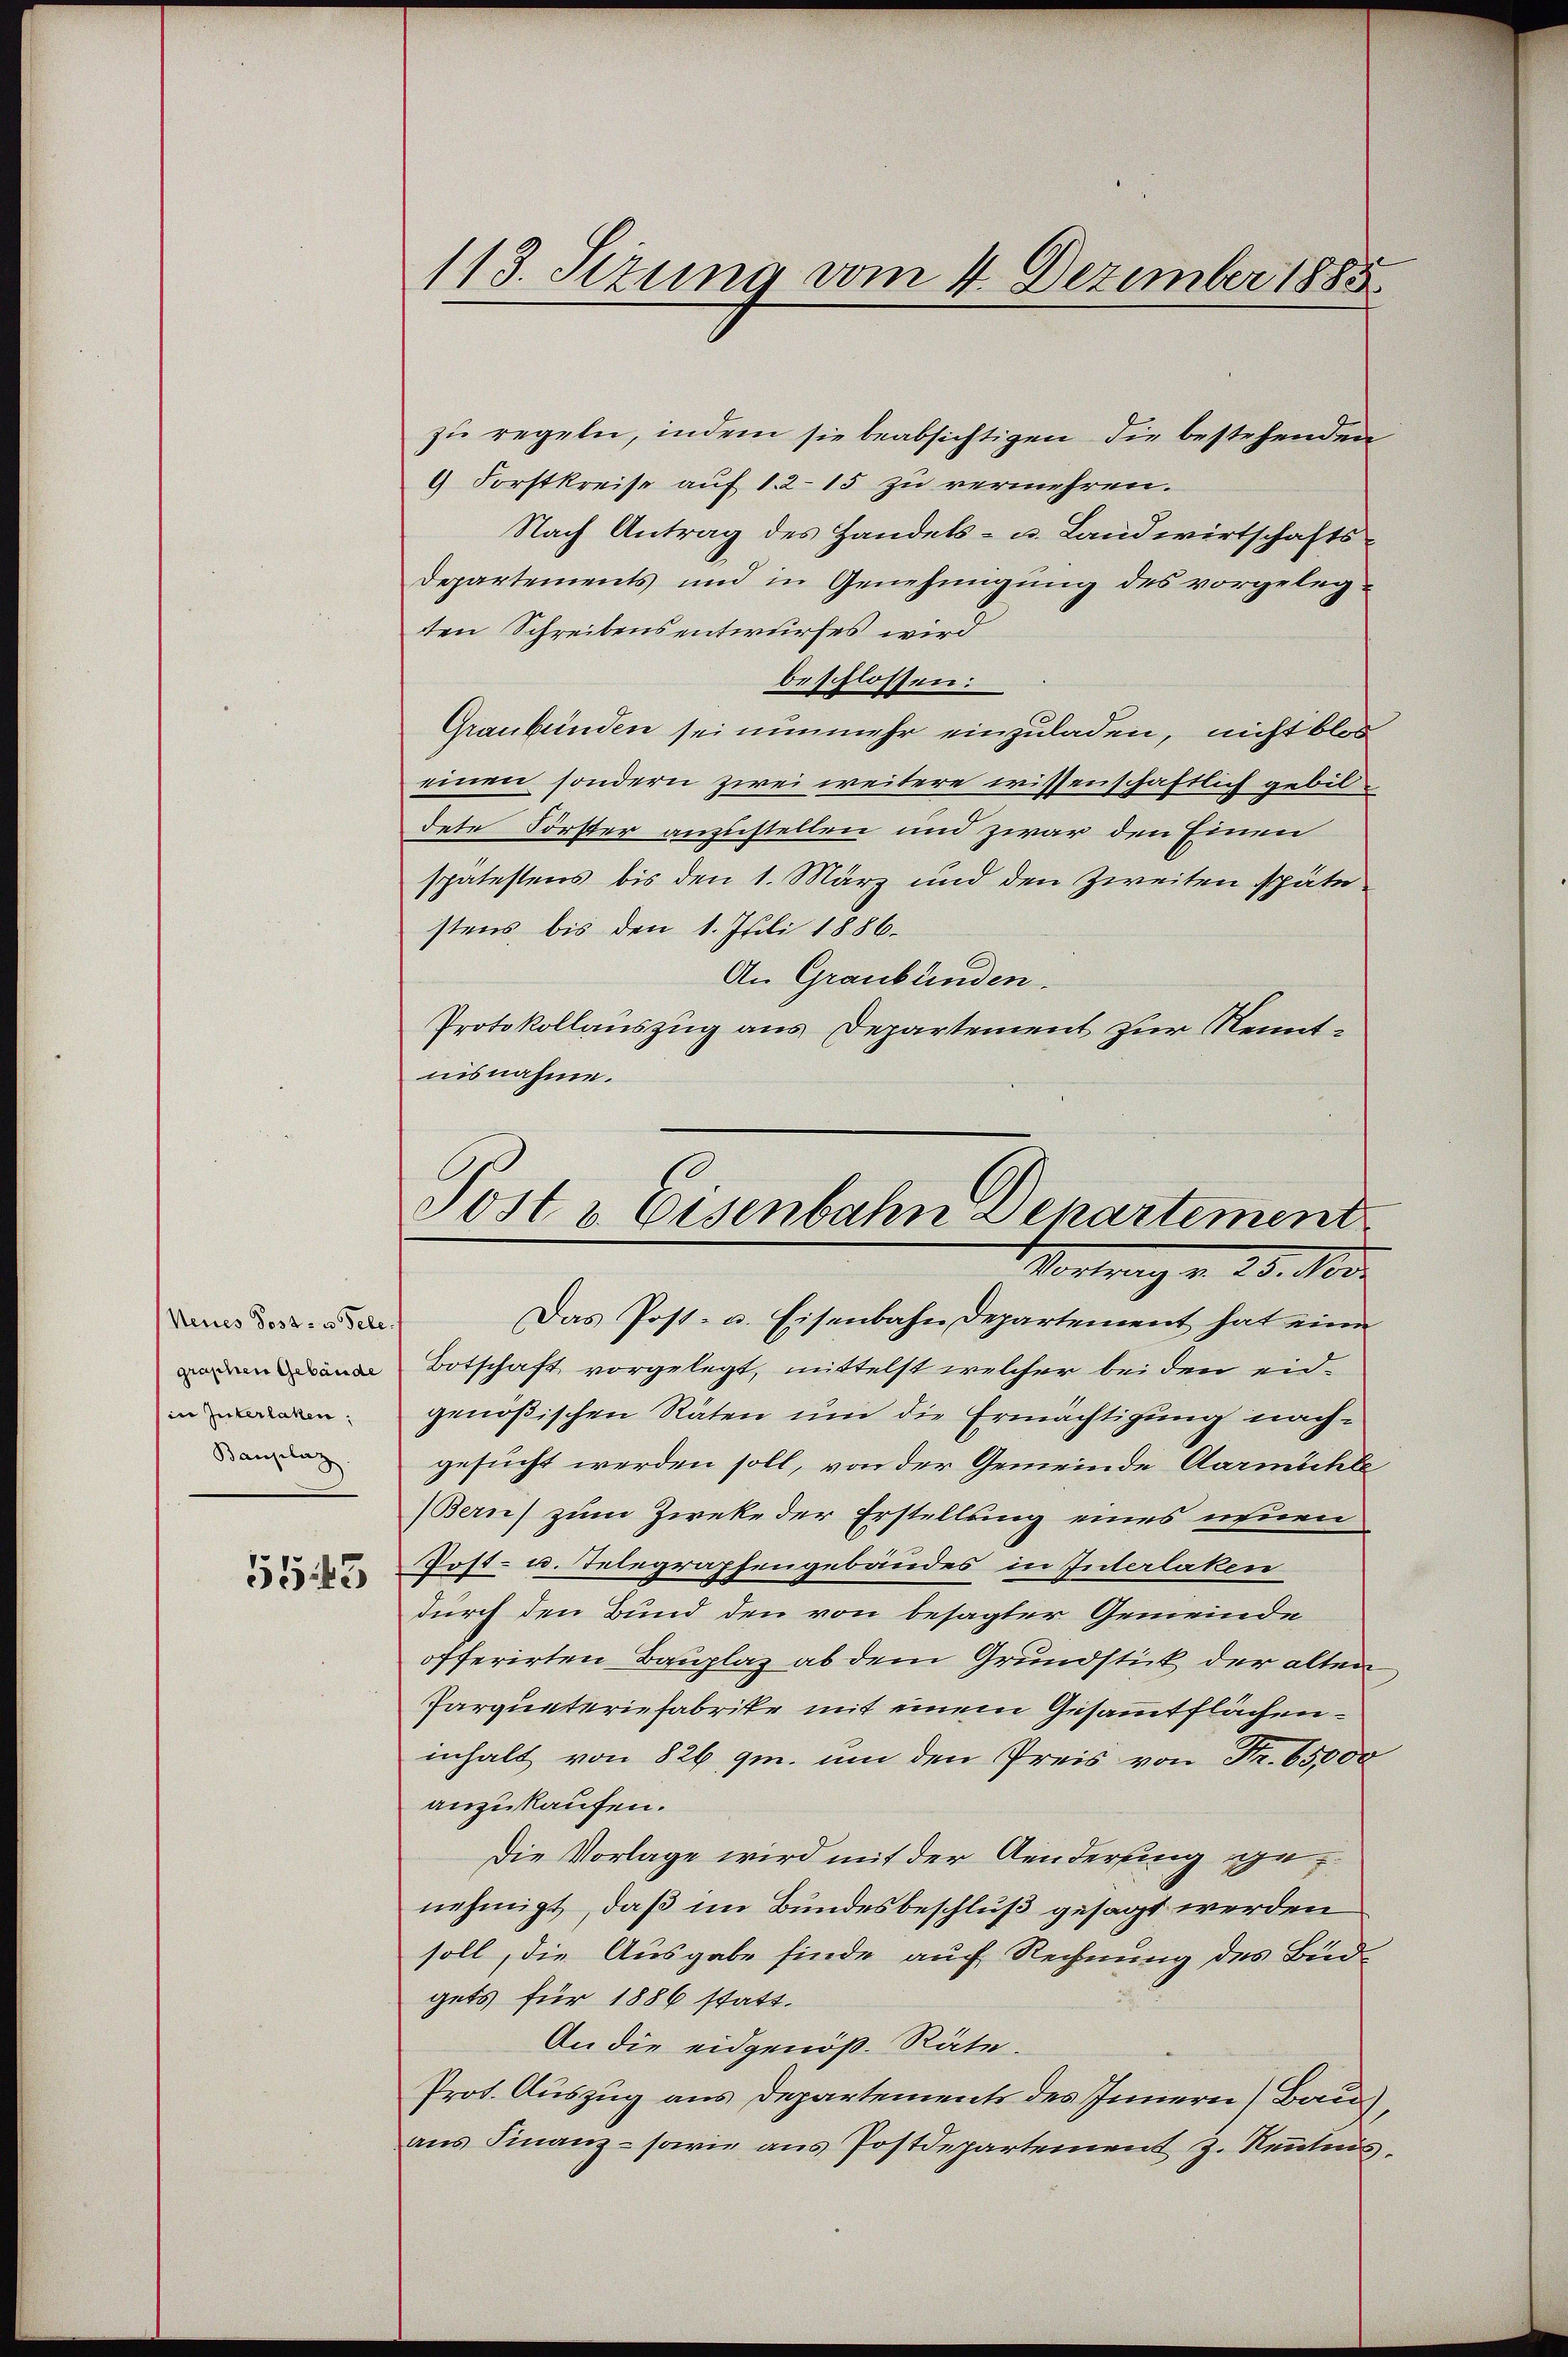
Neues Post- u. Telein Interlaken.
Bauplaz

5543

113. Sezung vom 4. Dezember 1885

zu regeln, indem sie beabsichtigen die bestehenden
9 Forstkreise auf 12–15 zu vermehren.
Nach Antrag des Handels- u. Landwirtschafts¬
Departements und in Genehmigung des vorgelegten Schreibensentwurfes wird
beschlossen:
Graubünden sei nunmehr einzuladen, nicht blos
einen sondern zwei weitere wissenschaftlich gebitdete Förster anzustellen und zwar den Einen
spätestens bis den 1. März und den Zweiten späte
stens, bis den 1. Juli 1886.
An Graubünden.
Protokollauszug aus Departement zur Kenntnisnahme.

Post v. Eisenbahn Departement
Montrag v. 28. No.

Das Post- u. Eisenbahn Departement hat eine
 Botschaft vorgelegt, mittelst welcher bei den eidgenößischen Räten um die Ermächtigung nachgesucht werden soll, von der Gemeinde Aarmüchle
Bern) zum Zweke der Erstellung eines neuen
Post- u. Telegraphengebäudes, in Interlaken
durch den Bund den von besagter Gemeinde
offerirten Bauplaz ab dem Grundstick der alten,
Parqueteriefabrike mit einem Gesammtflächeninhalt von 826 gm. um den Preis von Fr. 65000
anzukaufen.
Die Vorlage wird mit der Aenderung genehmigt, daß im Bundesbeschluß gesagt werden
soll, die Ausgabe finde auf Rechnung des Büdgets für 1886 statt.
An die eidgenöß. Räte.
Prot. Auszug aus Departements des Innern (Bau),
ans Finanz- sowie aus Postdepartement z. Kenntnis